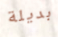
بديلة